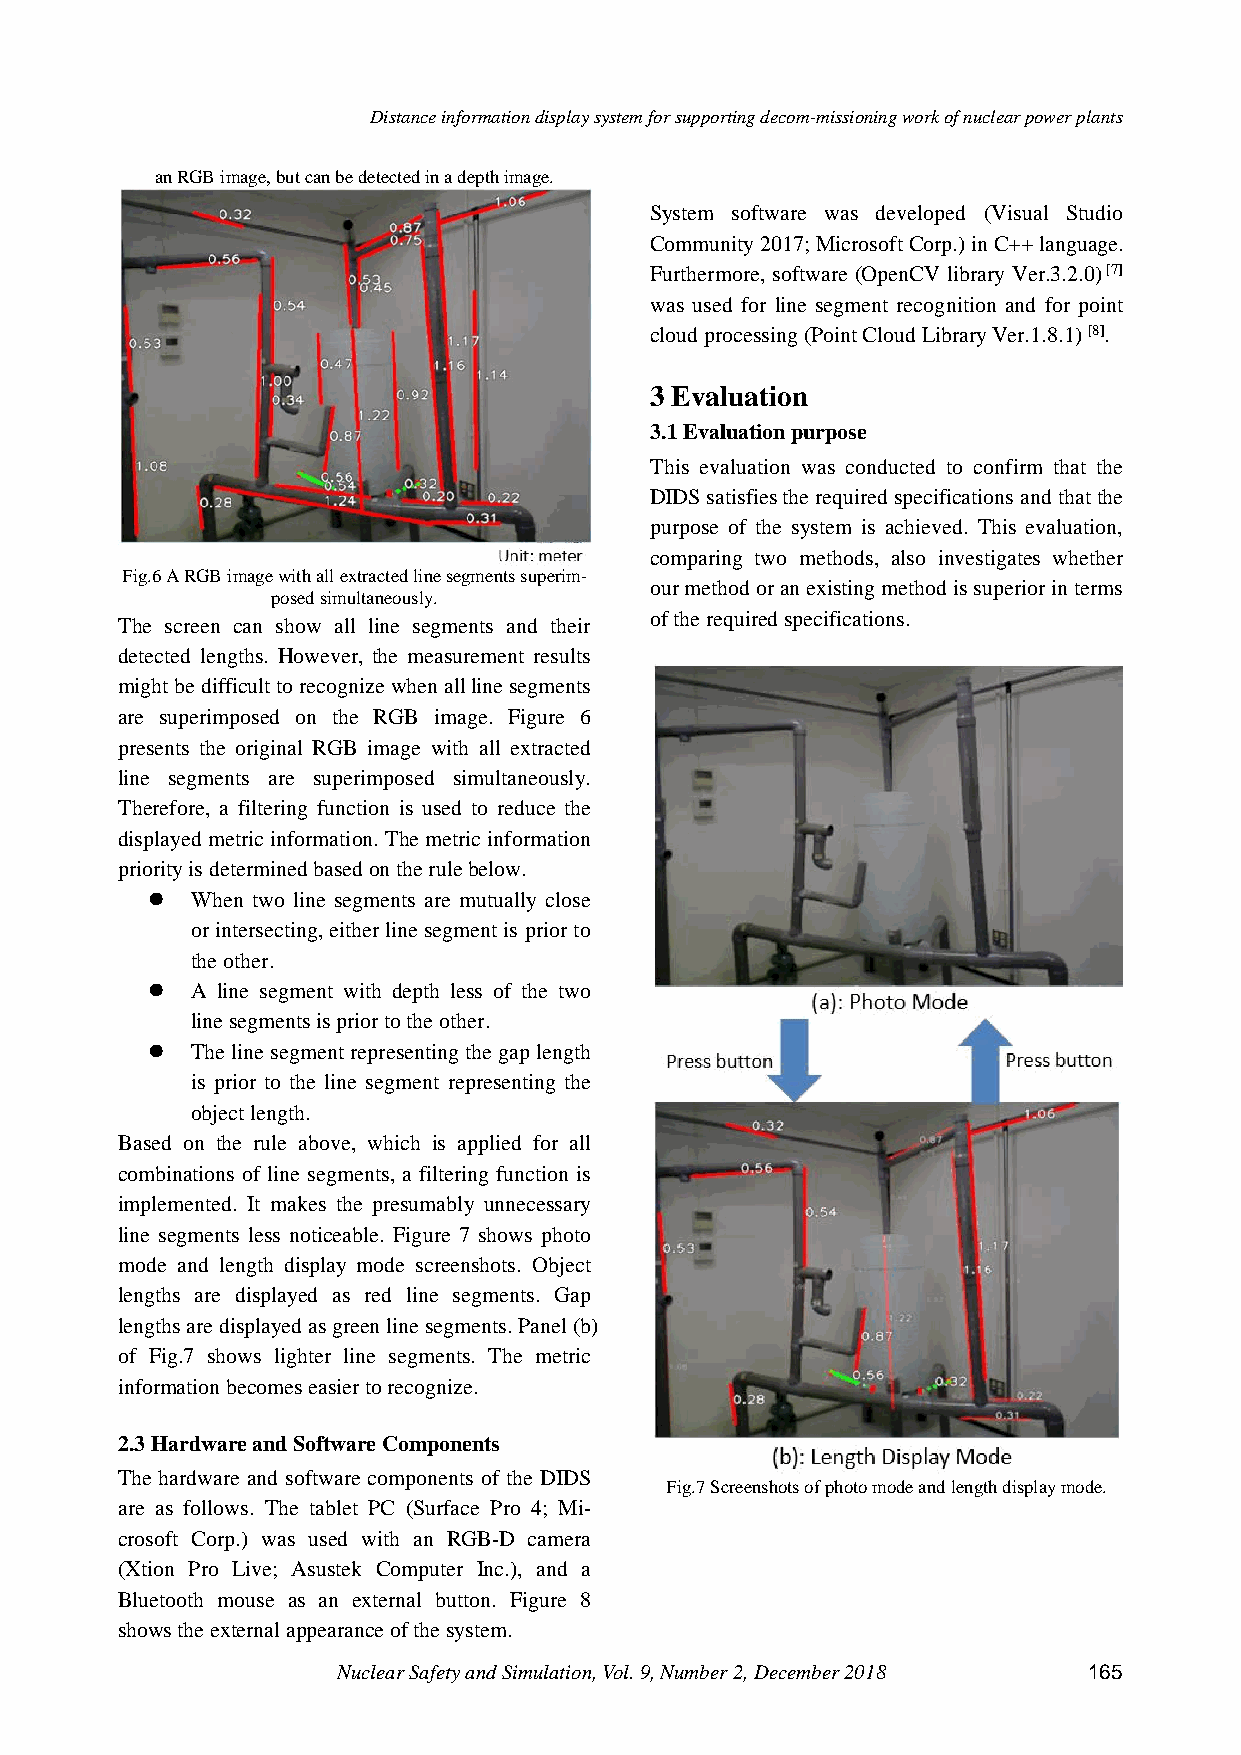
Distance information display system for supporting decom-missioning work of nuclear power plants
 an RGB image, but can be detected in a depth image.
 System software was developed (Visual Studio
 Community 2017; Microsoft Corp.) in C++ language.
 Furthermore, software (OpenCV library Ver.3.2.0) [7]
 was used for line segment recognition and for point
 cloud processing (Point Cloud Library Ver.1.8.1) [8].
 3 Evaluation
 3.1 Evaluation purpose
 This evaluation was conducted to confirm that the
 DIDS satisfies the required specifications and that the
 purpose of the system is achieved. This evaluation,
 comparing two methods, also investigates whether
 Fig.6 A RGB image with all extracted line segments superim-
 our method or an existing method is superior in terms
 posed simultaneously.
 of the required specifications.
 The screen can show all line segments and their
 detected lengths. However, the measurement results
 might be difficult to recognize when all line segments
 are superimposed on the RGB image. Figure 6
 presents the original RGB image with all extracted
 line segments are superimposed simultaneously.
 Therefore, a filtering function is used to reduce the
 displayed metric information. The metric information
 priority is determined based on the rule below.
   When two line segments are mutually close
 or intersecting, either line segment is prior to
 the other.
   A line segment with depth less of the two
 line segments is prior to the other.
   The line segment representing the gap length
 is prior to the line segment representing the
 object length.
 Based on the rule above, which is applied for all
 combinations of line segments, a filtering function is
 implemented. It makes the presumably unnecessary
 line segments less noticeable. Figure 7 shows photo
 mode and length display mode screenshots. Object
 lengths are displayed as red line segments. Gap
 lengths are displayed as green line segments. Panel (b)
 of Fig.7 shows lighter line segments. The metric
 information becomes easier to recognize.
 2.3 Hardware and Software Components
 The hardware and software components of the DIDS
 Fig.7 Screenshots of photo mode and length display mode.
 are as follows. The tablet PC (Surface Pro 4; Mi-
 crosoft Corp.) was used with an RGB-D camera
 (Xtion Pro Live; Asustek Computer Inc.), and a
 Bluetooth mouse as an external button. Figure 8
 shows the external appearance of the system.
 Nuclear Safety and Simulation, Vol. 9, Number 2, December 2018 165